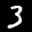
Label: 3